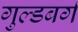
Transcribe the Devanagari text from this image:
गुल्डबर्ग